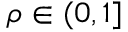
\rho \in ( 0 , 1 ]